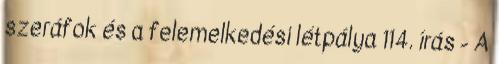
szeráfok és a felemelkedési létpálya 114. írás - A